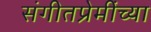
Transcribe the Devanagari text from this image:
संगीतप्रेमींच्या